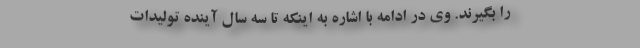
را بگیرند. وی در ادامه با اشاره به اینکه تا سه سال آینده تولیدات